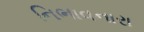
નિભાવનારા